Calcutta medical institutions reports 1879-81 [i.e.91]
Year: 1879
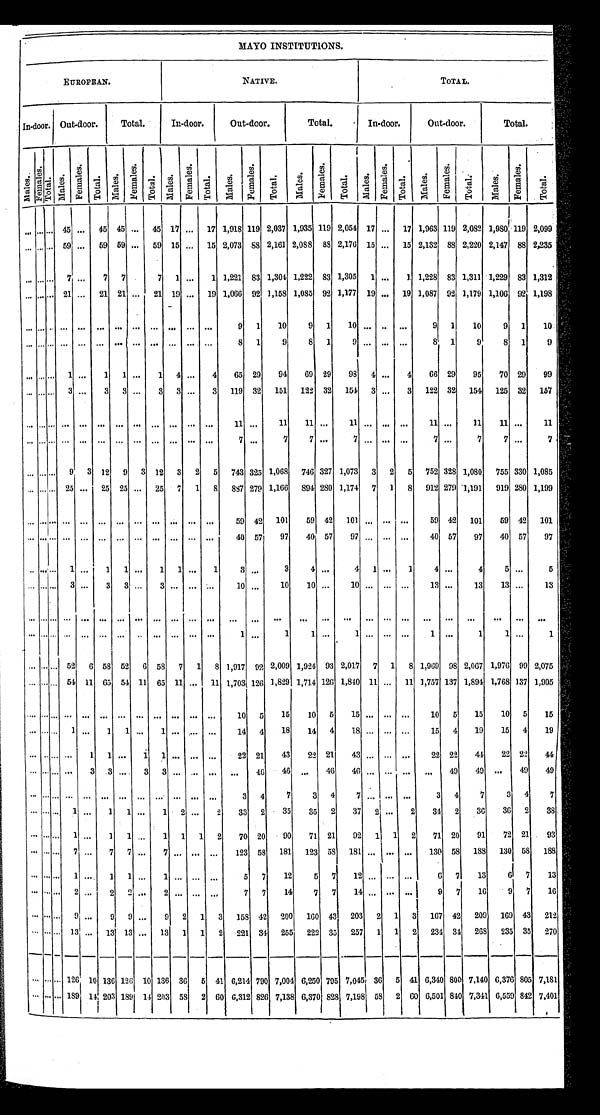
MAYO INSTITUTIONS.
EUROPEAN.
NATIVE.
TOTAL.
In-door. Out-door.
Total.
In-door.
Out-door.
Total.
In-door.
Out-door.
T o t a l .
Mal es.
F e ma l e s .
Tot al . Mal es.
F e m a l e s .
Tot al . Mal es.
F e m a l e s .
To t a l .
Ma l e s .
F e ma l e s .
Tot al . Mal es.
F e m a l e s .
T o t a l .
M a l e s .
F e m a l e s .
Total. Mal es.
F e m a l e s .
T o t a l .
M a l e s .
F e m a l e s .
T o t a l .
M a l e s .
Femal es . Total.
. . . . . . . . . 4 5
. . .
4 5
4 5 . . .
4 5
1 7 . . .
1 7
1 , 9 1 8
1 1 9
2 , 0 3 7
1 , 9 3 5
1 1 9
2 , 0 5 4
1 7
. . .
1 7
1 , 9 6 3
1 1 9
2 , 0 8 2
1 , 9 8 0
1 1 9 2 , 0 9 9
. . . . . . . . . 5 9
. . .
5 9
5 9 . . .
5 9
1 5 . . .
1 5
2 , 0 7 3
8 8
2 , 1 6 1
2 , 0 8 8
8 8
2 , 1 7 6
1 5
. . .
1 5
2 , 1 3 2
8 8
2 , 2 2 0
2 , 1 4 7
8 8 2 , 2 3 5
. . . . . . . . . 7
. . . 7
7
. . .
7
1
. . .
1
1 , 2 2 1
8 3
1 , 3 0 4
1 , 2 2 2
8 3
1 , 3 0 5
1
. . .
1
1 , 2 2 8
8 3
1 , 3 1 1
1 , 2 2 9
8 3 1 , 3 1 2
. . . . . . . . . 2 1
. . . 2 1
2 1
. . .
2 1
1 9
. . .
1 9
1 , 0 6 6
9 2 ,
1 , 1 5 8
1 , 0 8 5
9 2
1 , 1 7 7
1 9
. . .
1 9
1 , 0 8 7
9 2
1 , 1 7 9
1 , 1 0 6
9 2 1 , 1 9 8
. . . . . . . . . . . .
. . .
. . .
. . .
. . .
. . .
. . .
. . .
. . .
9
1
1 0
9 1
1 0
. . . . . .
. . .
9
1
1 0
9
1
1 0
. . . . . . . . . . . .
. . . . . .
. . .
. . .
. . .
. . .
. . .
. . .
8
1
9
8
1
9
. . .
. . .
. . .
8
1
9
8
1
9
. . . . . . . . . 1
. . . 1 1
. . .
1
4
. . .
4 6 5
2 9
9 4
6 9
2 9
9 8
4
. . .
4
6 6
2 9
9 5
7 0
2 9
9 9
. . . . . . . . . 3
. . . 3 3
. . .
3
3
. . .
3
1 1 9
3 2
1 5 1
1 2 2
3 2
1 5 4
3
. . .
3
1 2 2
3 2
1 5 4
1 2 5
3 2
1 5 7
. . . . . . . . . . . .
. . . . . .
. . .
. . .
. . .
. . .
. . .
. . .
1 1
. . .
1 1
1 1
. . .
1 1
. . .
. . . . . .
1 1
. . .
1 1
1 1
. . .
1 1
. . . . . . . . . . . .
. . . . . .
. . .
. . .
. . .
. . .
. . .
. . .
7
. . .
7
7
. . .
7
. . .
. . . . . .
7
. . .
7
7
. . .
7
. . . . . . . . . 9 3
1 2
9 3
1 2
3
2
5
7 4 3
3 2 5
1 , 0 6 8
7 4 6
3 2 7
1 , 0 7 3
3
2
5 7 5 2
3 2 8
1 , 0 8 0
7 5 5
3 3 0 1 , 0 8 5
. . . . . . . . . 2 5
. . .
2 5
2 5
. . .
2 5
7
1
8
8 8 7
2 7 9
1 , 1 6 6
8 9 4
2 8 0
1 , 1 7 4
7
1
8
9 1 2
2 7 9
1 , 1 9 1
9 1 9
2 8 0 1 , 1 9 9
. . . . . . . . . . . .
. . . . . .
. . .
. . .
. . .
. . .
. . .
. . .
5 9 4 2
1 0 1
5 9 4 2
1 0 1
. . .
. . . . . .
5 9 4 2
1 0 1
5 9
4 2
1 0 1
. . . . . . . . . . . .
. . . . . .
. . .
. . .
. . .
. . .
. . .
. . .
4 0
5 7
9 7
4 0
5 7
9 7
. . .
. . . . . .
4 0
5 7
9 7
4 0
5 7
9 7
. . .
. . .
. . .
1
. . . 1 1
. . .
1 1
. . .
1 3
. . .
3
4
. . .
4 1
. . .
1 4
. . .
4
5
. . .
5
. . . . . . . . .
3
. . . 3
3
. . .
3
. . .
. . .
. . .
1 0 . . .
1 0
1 0
. . .
1 0
. . .
. . . . . .
1 3
. . .
1 3
1 3
. . .
1 3
. . . . . . . . . . . .
. . . . . .
. . .
. . .
. . .
. . .
. . .
. . .
. . .
. . .
. . .
. . .
. . .
. . .
. . .
. . . . . .
. . .
. . .
. . .
. . .
. . .
. . .
. . . . . . . . . . . .
. . . . . .
. . .
. . .
. . .
. . .
. . .
. . .
1
. . .
1
1
. . .
1
. . .
. . . . . .
1
. . .
1
1
. . .
1
. . . . . . . . . 5 2 6 5 8
5 2
6
5 8
7 1
8
1 , 9 1 7
9 2
2 , 0 0 9
1 , 9 2 4
9 3
2 , 0 1 7
7
1
8
1 , 9 6 9
9 8
2 , 0 6 7
1 , 9 7 6
9 9
2 , 0 7 5
. . . . . . . . . 5 4
1 1 6 5
5 4
1 1 6 5
1 1
. . .
1 1
1 , 7 0 3
1 2 6
1 , 8 2 9
1 , 7 1 4
1 2 6
1 , 8 4 0
1 1
. . .
1 1
1 , 7 5 7
1 3 7
1 , 8 9 4
1 , 7 6 8
1 3 7
1 , 9 0 5
. . . . . . . . . . . .
. . . . . .
. . .
. . .
. . .
. . .
. . .
. . .
1 0 5
1 5
1 0 5
1 5
. . .
. . . . . .
1 0 5
1 5
1 0
5
1 5
. . . . . . . . .
1
. . . 1 1
. . .
1
. . .
. . .
. . .
1 4 4
1 8
1 4 4
1 8
. . .
. . . . . .
1 5
4
1 9
1 5
4
1 9
. . . . . . . . . . . .
1 1
. . .
1 1
. . .
. . .
. . .
2 2
2 1
4 3
2 2 2 1
4 3 . . .
. . . . . .
2 2 2 2
4 4
2 2
2 2
4 4
. . . . . . . . . . . .
3 3
. . .
3
3
. . .
. . .
. . .
. . .
4 6
4 6
. . .
4 6 4 6
. . .
. . . . . .
. . .
4 9
4 9
. . .
4 9
4 9
. . . . . . . . . . . .
. . .
. . . . . .
. . .
. . .
. . .
. . .
. . .
3 4
7
3 4
7
. . .
. . . . . .
3
4
7
3
4
7
. . . . . . . . . 1
. . . 1 1
. . .
1 2
. . .
2 3 3
2
3 5
3 5 2
3 7
2
. . . 2 3 4
2
3 6
3 6
2
3 8
. . . . . . . . . 1
. . . 1 1
. . .
1 1
1
2
7 0
2 0
9 0
7 1
2 1
9 2 1
1
2
7 1
2 0
9 1 7 2
2 1
9 3
. . . . . . . . . 7
. . . 7
7
. . .
7
. . .
. . .
. . .
1 2 3 5 8
1 8 1
1 2 3 5 8
1 8 1
. . .
. . . . . .
1 3 0
5 8
1 8 8
1 3 0
5 8
1 8 8
. . . . . . . . . 1
. . . 1
1
. . .
1
. . .
. . .
. . .
5 7
1 2
5 7
1 2
. . .
. . . . . .
6 7
1 3
6 7
1 3
. . . . . . . . . 2
. . . 2
2
. . .
2
. . .
. . .
. . .
7 7
1 4
7 7
1 4
. . .
. . . . . .
9 7
1 6
9 7
1 6
. . . . . . . . . 9
. . . 9
9
. . .
9 2
1
3
1 5 8
4 2 2 0 0
1 6 0 4 3
2 0 3
2
1
3
1 6 7
4 2
2 0 9 1 6 9
4 3 2 1 2
. . .
. . . . . . 1 3
. . . 1 3
1 3
. . .
1 3
1
1
2
2 2 1
3 4
2 5 5
2 2 2
3 5
2 5 7
1
1
2
2 3 4
3 4
2 6 8
2 3 5
3 5
2 7 0
. . .
. . . . . .
1 2 6 1 0 1 3 6
1 2 6
1 0
1 3 6
3 6
5
4 1
6 , 2 1 4
7 9 0 7 , 0 0 4
6 , 2 5 0
7 9 5
7 , 0 4 5
3 6
5
4 1
6 , 3 4 0
8 0 0
7 , 1 4 0
6 , 3 7 6
8 0 5
7 , 1 8 1
. . .
. . . . . . 1 8 9
1 4
2 0 3
1 8 9
1 4
2 0 3
5 8
2
6 0
6 , 3 1 2
8 2 6
7 , 1 3 8
6 , 3 7 0
8 2 8
7 , 1 9 8
5 8
2
6 0
6 , 5 0 1
8 4 0
7 , 3 4 1
6 , 5 5 9
8 4 2
7 , 4 0 1